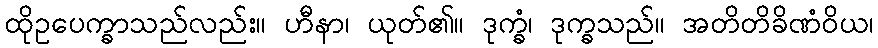
ထိုဥပေက္ခာသည်လည်း။ ဟီနာ၊ ယုတ်၏။ ဒုက္ခံ၊ ဒုက္ခသည်။ အတိတိခိဏံဝိယ၊